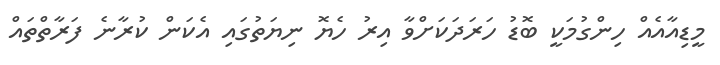
މީޑިއާއެއް ހިންގުމަކީ ބޮޑު ހަރަދަކަށްވާ އިރު ހެޔޮ ނިޔަތުގައި އެކަން ކުރާނެ ފަރާތްތައް